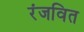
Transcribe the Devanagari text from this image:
रंजवित